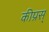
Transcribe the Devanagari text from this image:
कीप्रस्